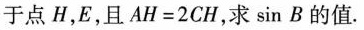
于点H，E，且 $$A H = 2 C H$$，求 \sin B的值.